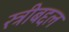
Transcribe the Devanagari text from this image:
स्त्रीबद्दल